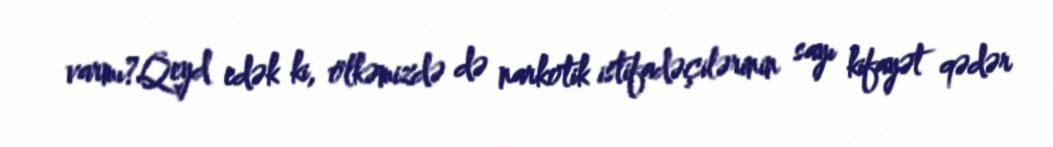
varmı?Qeyd edək ki, ölkəmizdə də narkotik istifadəçilərinin sayı kifayət qədər